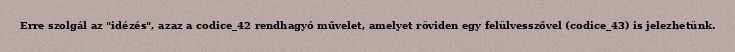
Erre szolgál az "idézés", azaz a codice_42 rendhagyó művelet, amelyet röviden egy felülvesszővel (codice_43) is jelezhetünk.